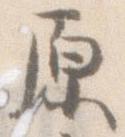
原